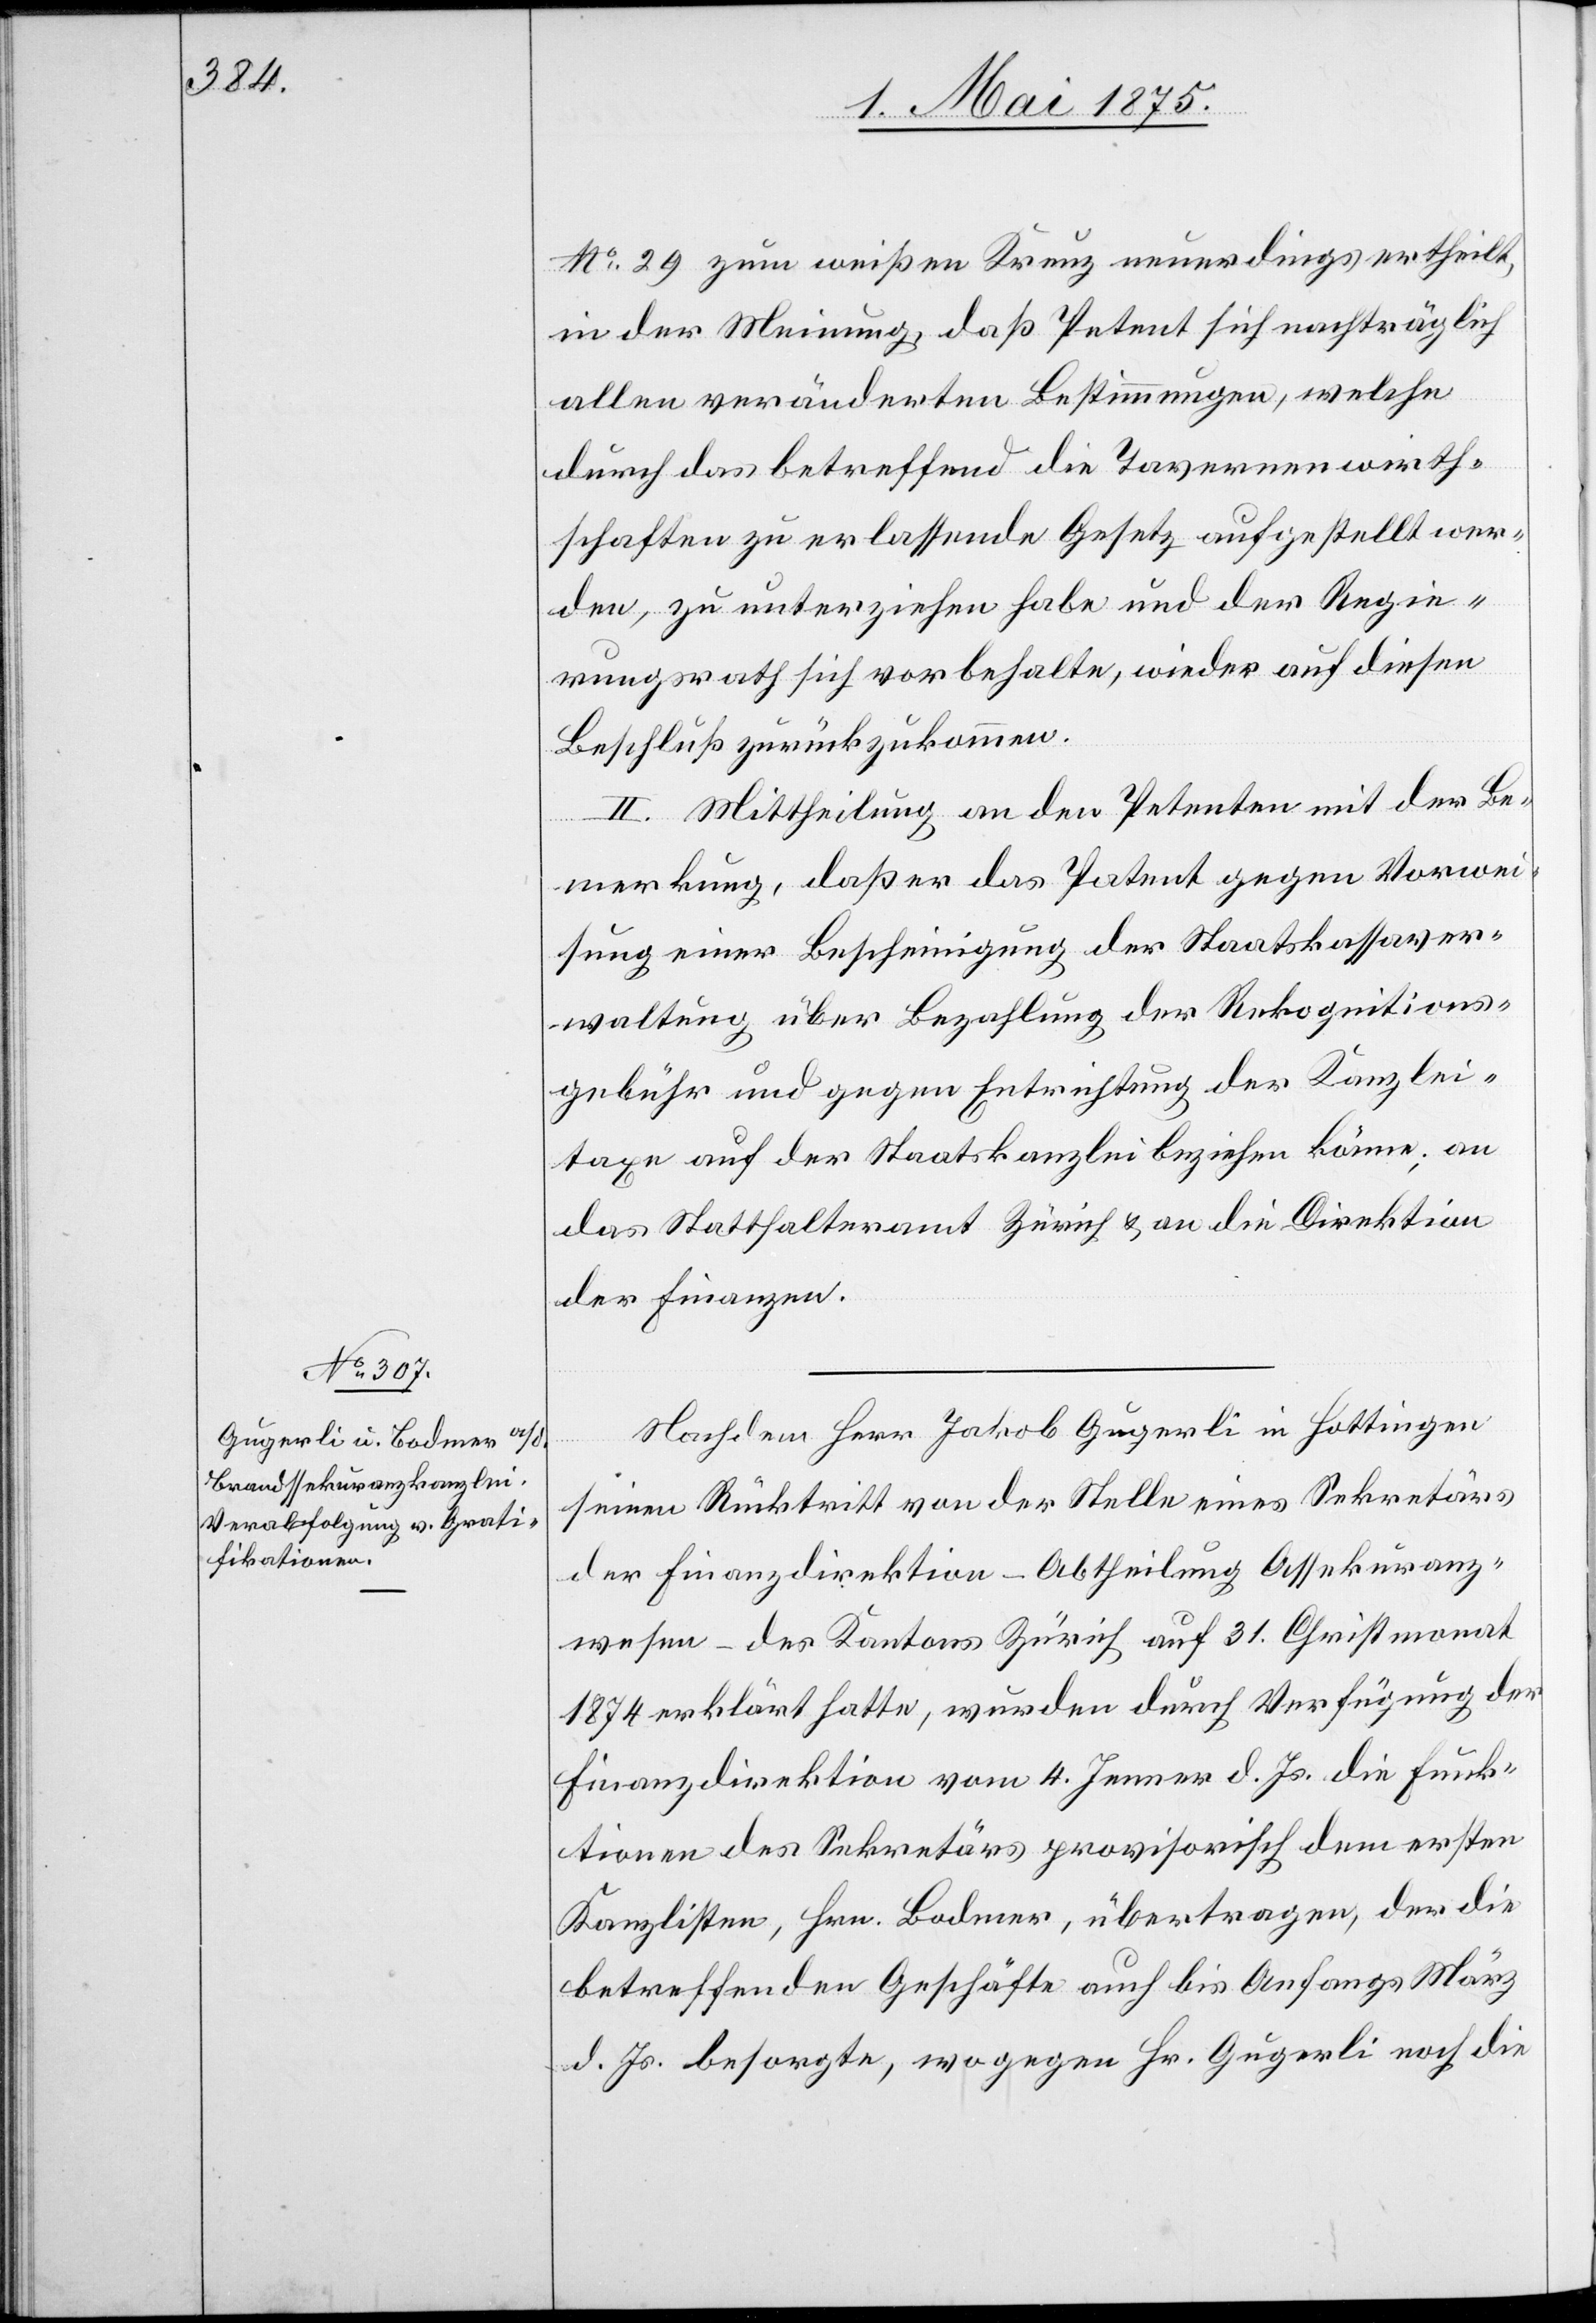
No 29 zum weißen Kreuz neuerdings ertheilt,
in der Meinung daß Petent sich nachträglich
allen veränderten Bestimmungen, welche
durch das betreffend die Tavernenwirth¬
schaften zu erlassende Gesetz aufgestellt wer¬
den, zu unterziehen habe und der Regie¬
rungsrath sich vorbehalte, wieder auf diesen
Beschluß zurückzukommen.
II. Mittheilung an den Petenten mit der Be¬
merkung, daß er das Patent gegen Vorwei¬
sung einer Bescheinigung der Staatskassaver¬
waltung über Bezahlung der Rekognitions¬
gebühr und gegen Entrichtung der Kanzlei¬
taxe auf der Staatskanzlei beziehen könne; an
Statthalteramt Zürich & an die Direktion
der Finanzen.
Nachdem Herr Jakob Gugerli in Hottingen
seinen Rücktritt von der Stelle eines Sekretärs
der Finanzdirektion – Abtheilung Assekuranz¬
wesen – des Kantons Zürich auf 31. Christmonat
1874 erklärt hatte, wurden durch Verfügung der
Finanzdirektion vom 4. Jenner d. Js. die Funk¬
tionen des Sekretärs provisorisch dem ersten
Kanzlisten, Hrn. Bodmer, übertragen, der die
betreffenden Geschäfte auch bis Anfangs März
d. Js. besorgte, wogegen Hr. Gugerli noch die